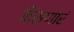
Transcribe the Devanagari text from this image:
दिसणारं